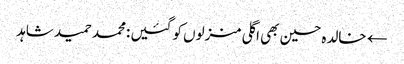
← خالدہ حسین بھی اگلی منزلوں کو گئیں :محمد حمید شاہد